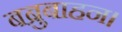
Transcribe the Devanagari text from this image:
बब्रुबाहन।